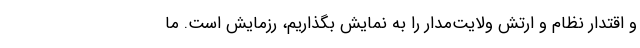
و اقتدار نظام و ارتش ولایت‌مدار را به نمایش بگذاریم، رزمایش است. ما